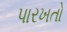
પારખતો